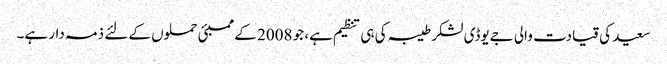
سعید کی قیادت والی جےیوڈی لشکر طیبہ کی ہی تنظیم ہے، جو 2008 کے ممبئی حملوں کے لئے ذمہ دار ہے۔